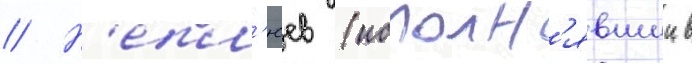
// Н'епл'юев (исполн'явшии в